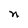
Character: n